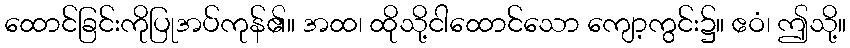
ထောင်ခြင်းကိုပြုအပ်ကုန်၏။ အထ၊ ထိုသို့ငါထောင်သော ကျော့ကွင်း၌။ ဧဝံ၊ ဤသို့။